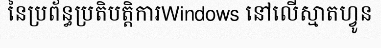
នៃប្រព័ន្ធប្រតិបត្តិការWindows នៅលើស្មាតហ្វូន